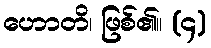
ဟောတိ၊ ဖြစ်၏။ (၄)